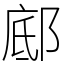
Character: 䣌